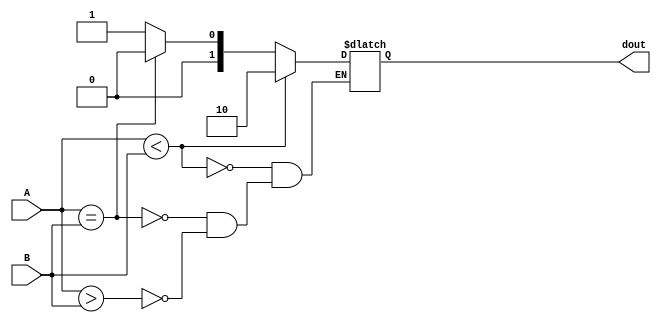
module comparator(
    input signed [15:0] A,
	 input signed [15:0] B,
    output reg [1:0] dout
    );

initial begin
	dout = 0;
end

always @ (*)
begin
	if (A > B) begin 
		dout = 1;
	end
	if (A == B) begin
		dout = 0;
	end
	if(A < B) begin
		dout = 'b10;
	end
end
endmodule